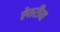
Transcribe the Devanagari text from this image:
ऐतरीय